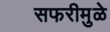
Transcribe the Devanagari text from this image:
सफरीमुळे